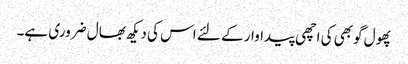
پھول گوبھی کی اچھی پیداوار کے لئے اس کی دیکھ بھال ضروری ہے۔